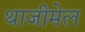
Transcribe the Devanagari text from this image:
थाजीमेल